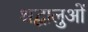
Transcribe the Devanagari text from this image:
श्रद्वालुओं